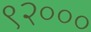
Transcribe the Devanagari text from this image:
९२०००